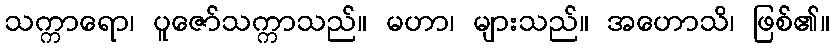
သက္ကာရော၊ ပူဇော်သက္ကာသည်။ မဟာ၊ များသည်။ အဟောသိ၊ ဖြစ်၏။